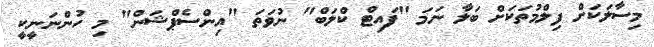
މިސާލަކަށް ފިލްމުތަކަށް ބަލާ ނަމަ "ފައިޓް ކްލަބް" ނުވަތަ "އިންސެޕްޝަން" މި ހުންނަނީކީ